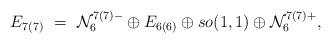
LaTeX: \begin{align*}E_{7(7)}~=~\mathcal{N}_{6}^{7(7)-}\oplus E_{6(6)}\oplus so(1,1)\oplus\mathcal{N}_{6}^{7(7)+}\newline\mathbf{,}\end{align*}